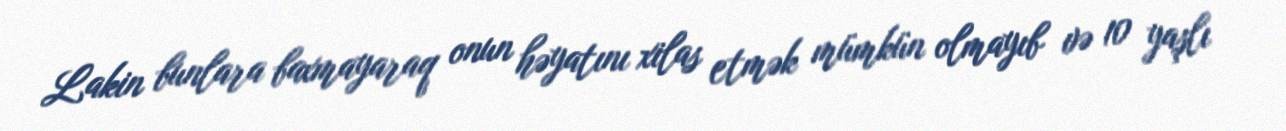
Lakin bunlara baxmayaraq onun həyatını xilas etmək mümkün olmayıb və 10 yaşlı